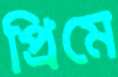
প্রিমে